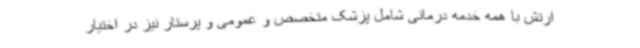
ارتش با همه خدمه درمانی شامل پزشک متخصص و عمومی و پرستار نیز در اختیار